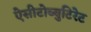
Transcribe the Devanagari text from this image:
ऐसीटोब्युटिरेट